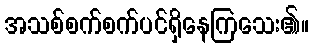
အသစ်စက်စက်ပင်ရှိနေကြသေး၏။